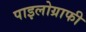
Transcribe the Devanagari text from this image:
पाइलोग्राफी